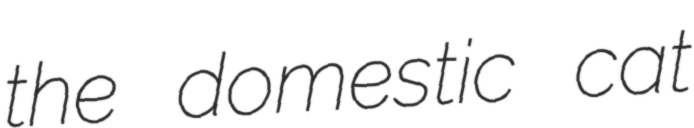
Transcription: the domestic cat